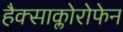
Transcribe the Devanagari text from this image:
हैक्साक्लोरोफेन